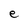
Character: e